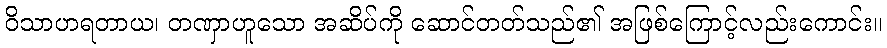
ဝိသာဟရတာယ၊ တဏှာဟူသော အဆိပ်ကို ဆောင်တတ်သည်၏ အဖြစ်ကြောင့်လည်းကောင်း။